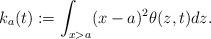
LaTeX: \begin{align*}k_a(t):=\int_{x>a} (x-a)^2\theta(z,t)dz.\end{align*}